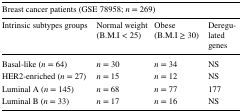
<table><thead><tr><td colspan="4"><b>Breast cancer patients (GSE 78958; <i>n</i> = 269)</b></td></tr><tr><td><b>Intrinsic subtypes groups</b></td><td><b>Normal weight (B.M.I &lt; 25)</b></td><td><b>Obese (B.M.I ≥ 30)</b></td><td><b>Deregulated genes</b></td></tr></thead><tbody><tr><td>Basal-like (<i>n</i> = 64)</td><td><i>n</i> = 30</td><td><i>n</i> = 34</td><td>NS</td></tr><tr><td>HER2-enriched (<i>n</i> = 27)</td><td><i>n</i> = 15</td><td><i>n</i> = 12</td><td>NS</td></tr><tr><td>Luminal A (<i>n</i> = 145)</td><td><i>n</i> = 68</td><td><i>n</i> = 77</td><td>177</td></tr><tr><td>Luminal B (<i>n</i> = 33)</td><td><i>n</i> = 17</td><td><i>n</i> = 16</td><td>NS</td></tr></tbody></table>